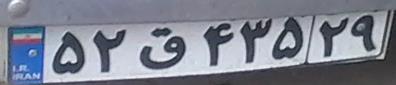
۵۲ق۴۳۵۲۹